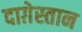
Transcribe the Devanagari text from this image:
दाग़ेस्तान